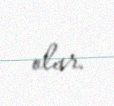
olar.